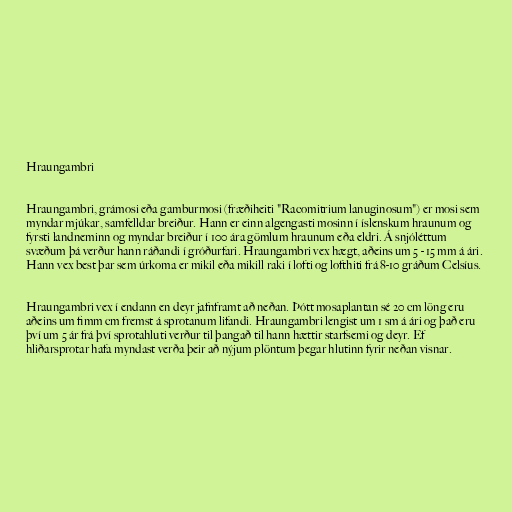
Hraungambri

Hraungambri, grámosi eða gamburmosi (fræðiheiti "Racomitrium lanuginosum") er mosi sem
myndar mjúkar, samfelldar breiður. Hann er einn algengasti mosinn í íslenskum hraunum og
fyrsti landneminn og myndar breiður í 100 ára gömlum hraunum eða eldri. Á snjóléttum
svæðum þá verður hann ráðandi í gróðurfari. Hraungambri vex hægt, aðeins um 5 - 15 mm á ári.
Hann vex best þar sem úrkoma er mikil eða mikill raki í lofti og lofthiti frá 8-10 gráðum Celsíus.

Hraungambri vex í endann en deyr jafnframt að neðan. Þótt mosaplantan sé 20 cm löng eru
aðeins um fimm cm fremst á sprotanum lifandi. Hraungambri lengist um 1 sm á ári og það eru
því um 5 ár frá því sprotahluti verður til þangað til hann hættir starfsemi og deyr. Ef
hliðarsprotar hafa myndast verða þeir að nýjum plöntum þegar hlutinn fyrir neðan visnar.